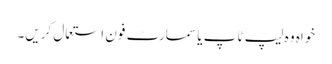
خواہ وہ لیپ ٹاپ یا سمارٹ فون استعمال کریں۔